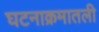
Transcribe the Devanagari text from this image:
घटनाक्रमातली